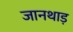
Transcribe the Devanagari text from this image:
जानथाड़